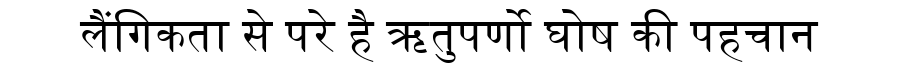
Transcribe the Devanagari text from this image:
लैंगिकता से परे है ऋतुपर्णो घोष की पहचान